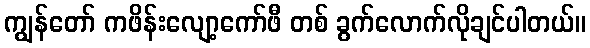
ကျွန်တော် ကဖိန်းလျော့ကော်ဖီ တစ် ခွက်လောက်လိုချင်ပါတယ်။